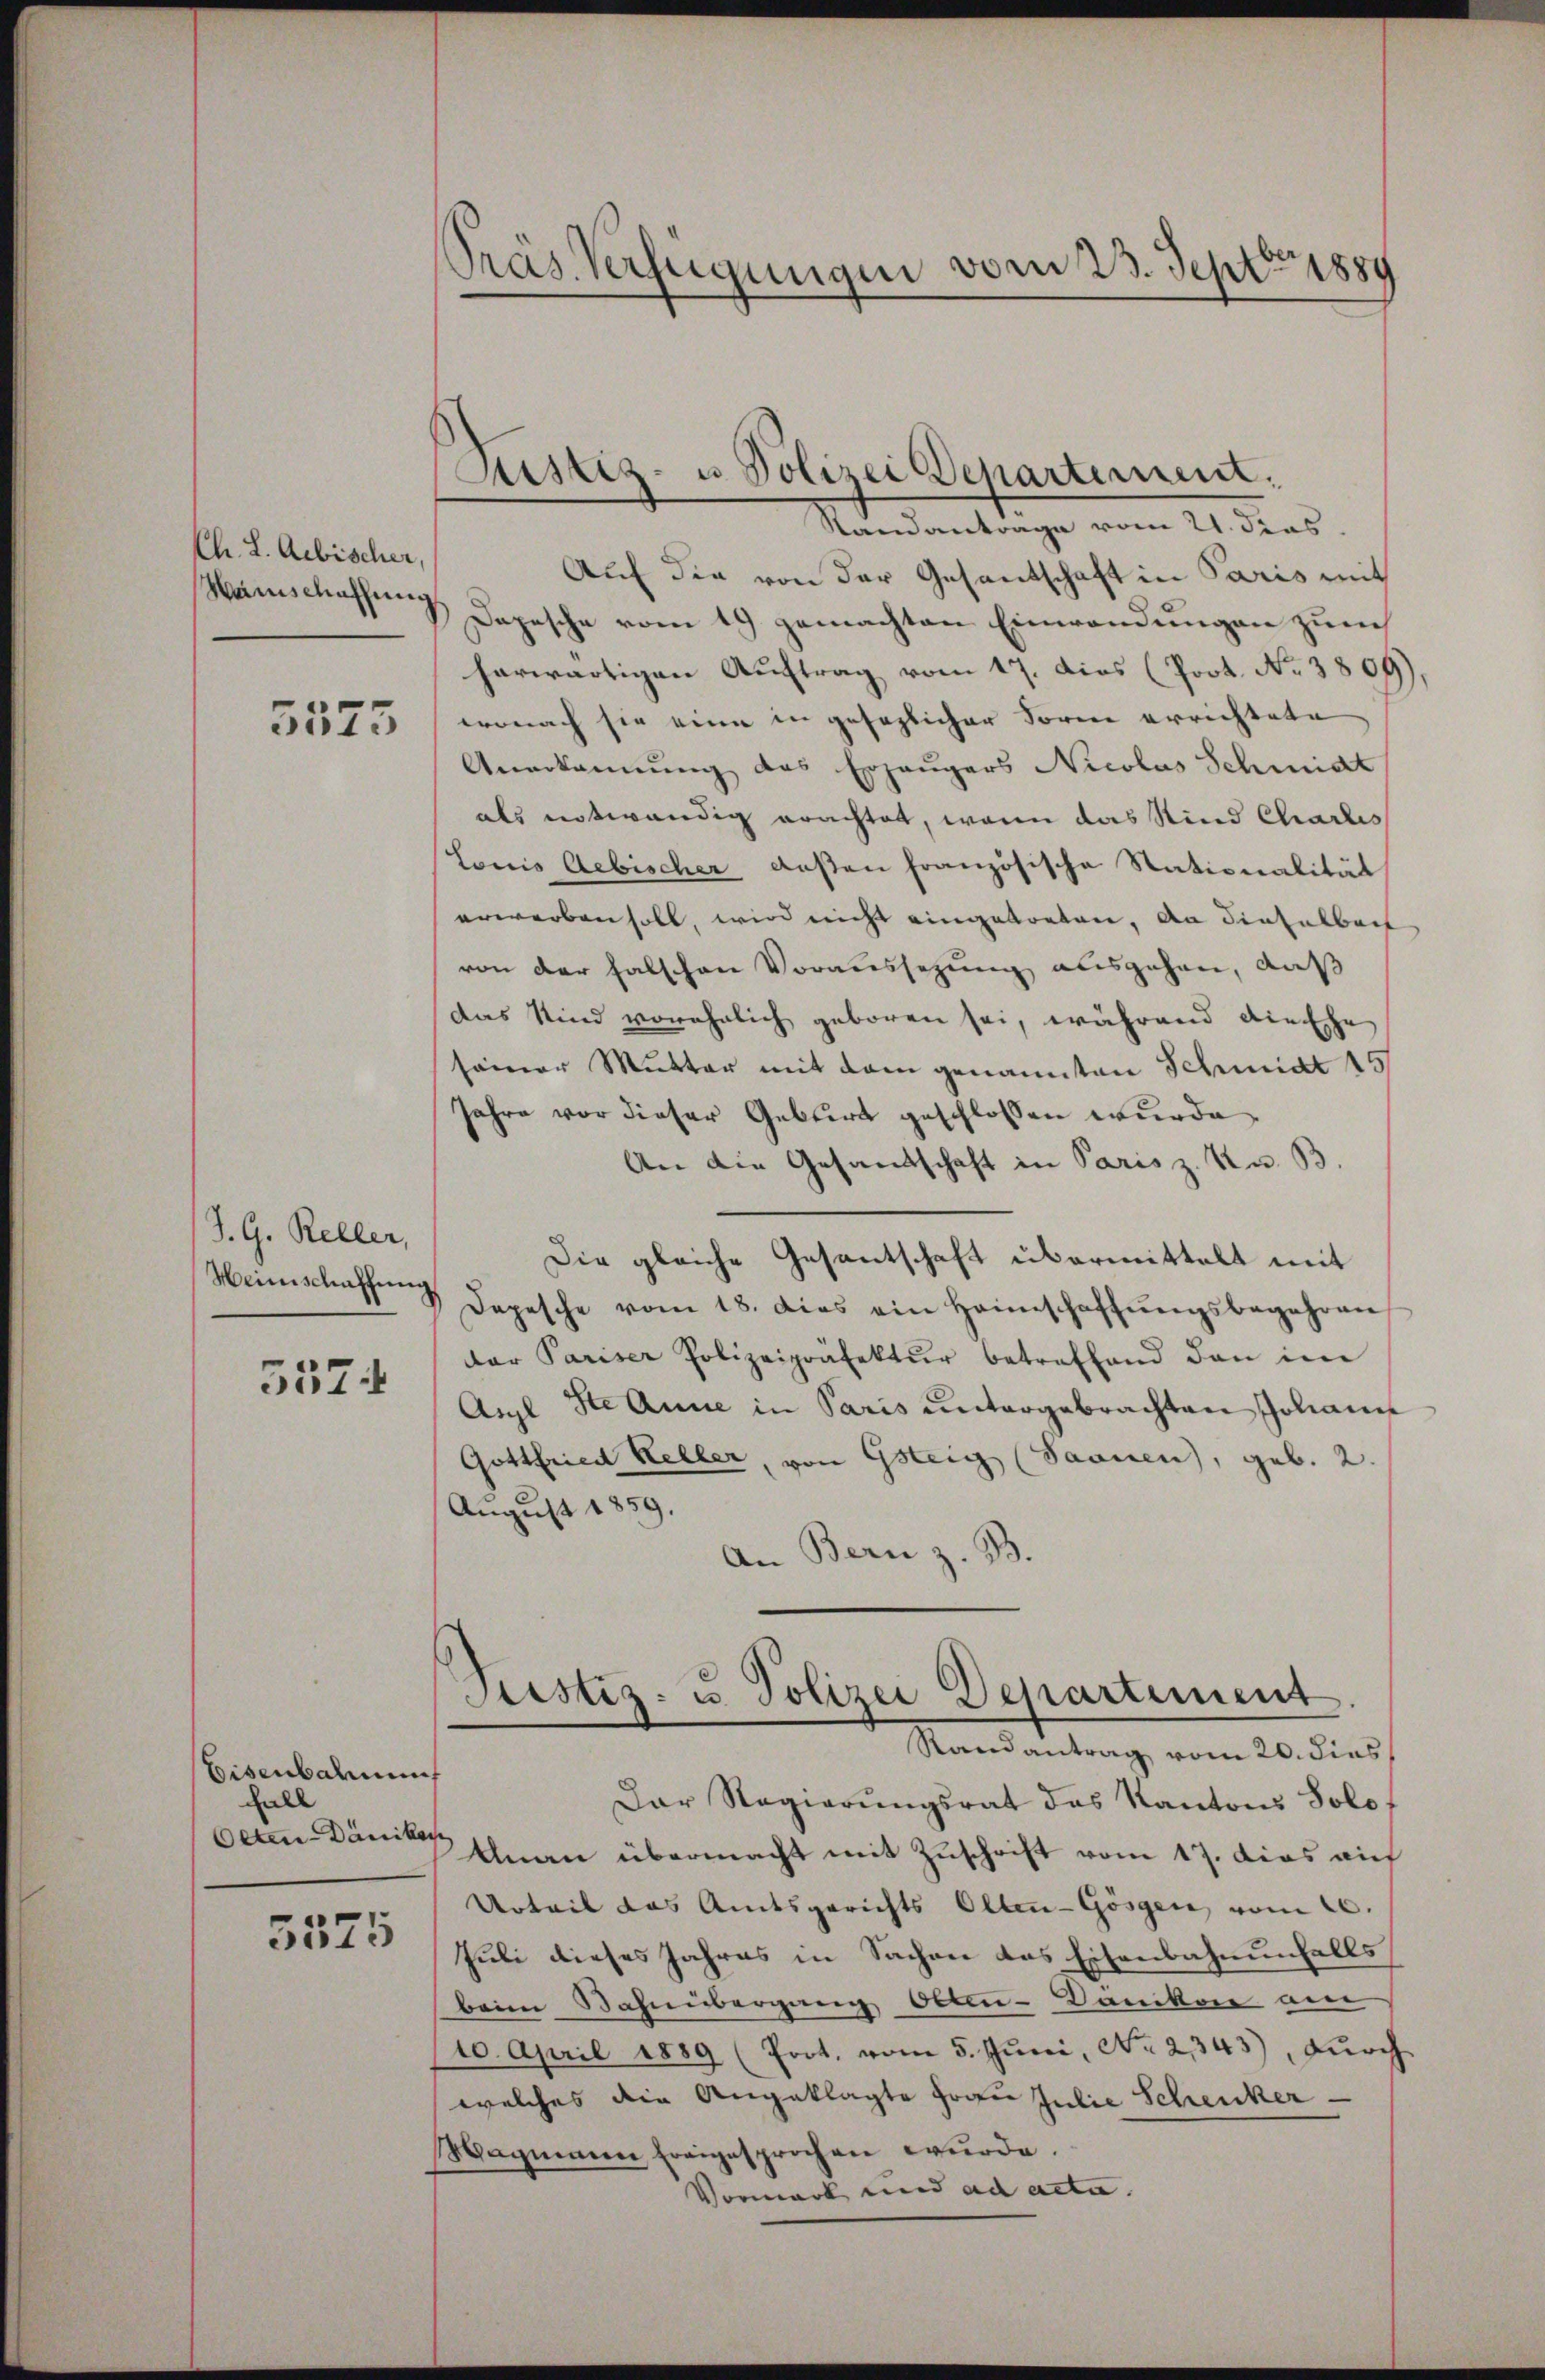
Ch. L. Aebischer,
Weinschaffung

5575

J. G. Keller,
Heinschaffung

557

Eisenbahnen
Fall
Olten Dänikon

5575

Präs. Verfügungen vom 23. Sept. 1889

Justiz- u. Polizei Departement.
Standantrage vom 21. dies

Auf die von der Gesandschaft in Paris mit
Depesche vom 19. gemachten Einwendungen zum
herwärtigen Auftrag vom 17. dies (Poot. No 3809),
wonach sie eine in gesezlicher Form errichtete
Anerkannung des Erzeugers Nicolas Schmidt
als notwendig erachtet, wenn das Kind Charlis
Lonis Aebischer deßen französische Nationalität
erwerben soll, wird nicht eingetreten, da diesarbeit
von der falschen Voraussetzung ausgehen, daß
das Kind vorehelich geboren sei, während die Ehe
seiner Mutter mit dem genannten Schmidt 15
Jahre vor dieser Geburt geschlossen wurde,
An die Gesandtschaft in Paris z. K. B.
Die gleiche Gesantschaft übermittelt mit
Depesche vom 18. dies ein Heimschaffŭngsbegehren
dar Pariser Polizeipräfektŭr betreffend den im
Arzl Ste Anne in Paris untergebrachten Johann
Gottfried Keller, von Gsteig (Saanen, geb. 2.
August 1859.
An Bern z. B.
Justiz- u. Polizei Departement
Randantrag vom 20. dies
Dar Regierŭngsrat des Kantons Solot
Unan übermacht mit Zuschrift vom 17. dies auf
Urteil das Andesgerichts Olten-Gösgen vom 20.
Juli dieses Jahres in Sachen das Eisenbahnenfalls
beim Bahnübergang Otten- Dancke am
10. April 1889 (Prot. vom 5. Juni, No. 2343), durch
welches die Angeklagte Frau Julie Schenker
Wagmenen Ereigesprochen wurde.
Vormark und ad acta.